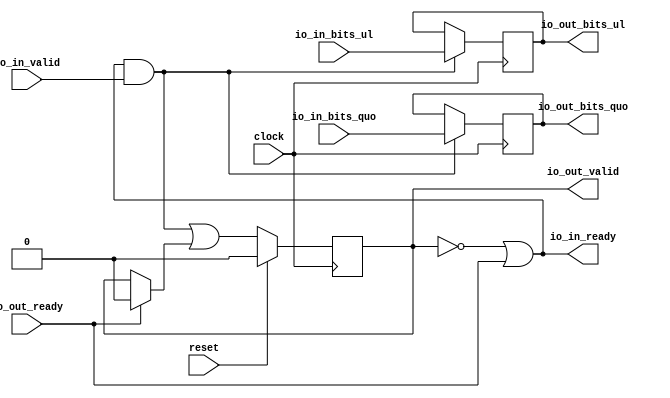
/*
 * From our research paper "High-Performance Hardware Implementation of CRYSTALS-Dilithium"
 * by Luke Beckwith, Duc Tri Nguyen, Kris Gaj
 * at George Mason University, USA
 * https://eprint.iacr.org/2021/1451.pdf
 * =============================================================================
 * Copyright (c) 2021 by Cryptographic Engineering Research Group (CERG)
 * ECE Department, George Mason University
 * Fairfax, VA, U.S.A.
 * Licensed under the Apache License, Version 2.0 (the "License");
 * you may not use this file except in compliance with the License.
 * You may obtain a copy of the License at
 *     http://www.apache.org/licenses/LICENSE-2.0
 * Unless required by applicable law or agreed to in writing, software
 * distributed under the License is distributed on an "AS IS" BASIS,
 * WITHOUT WARRANTIES OR CONDITIONS OF ANY KIND, either express or implied.
 * See the License for the specific language governing permissions and
 * limitations under the License.
 * =============================================================================
 * @author   Luke Beckwith <lbeckwit@gmu.edu>
 */


module DecoupledStage(
  input         clock,
  input         reset,
  output        io_in_ready,
  input         io_in_valid,
  input  [23:0] io_in_bits_ul,
  input  [23:0] io_in_bits_quo,
  input         io_out_ready,
  output        io_out_valid,
  output [23:0] io_out_bits_ul,
  output [23:0] io_out_bits_quo
);
  reg  valid;  
  reg [23:0] reg_ul;  
  reg [23:0] reg_quo;  
  wire  _T = io_in_ready & io_in_valid;  
  wire  _GEN_0 = io_out_ready ? 1'h0 : valid;  
  wire  _GEN_3 = _T | _GEN_0;  
  assign io_in_ready = ~valid | io_out_ready;  
  assign io_out_valid = valid;  
  assign io_out_bits_ul = reg_ul;  
  assign io_out_bits_quo = reg_quo;  
  always @(posedge clock) begin
    if (reset) begin  
      valid <= 1'h0;  
    end else begin
      valid <= _GEN_3;
    end
    if (_T) begin  
      reg_ul <= io_in_bits_ul;  
    end
    if (_T) begin  
      reg_quo <= io_in_bits_quo;  
    end
  end
initial begin
end  
endmodule
module DecoupledStage_1(
  input         clock,
  input         reset,
  output        io_in_ready,
  input         io_in_valid,
  input  [23:0] io_in_bits_ul,
  input  [23:0] io_in_bits_quo,
  input  [23:0] io_in_bits_quo_times_Q,
  input         io_out_ready,
  output        io_out_valid,
  output [23:0] io_out_bits_ul,
  output [23:0] io_out_bits_quo,
  output [23:0] io_out_bits_quo_times_Q
);
  reg  valid;  
  reg [23:0] reg_ul;  
  reg [23:0] reg_quo;  
  reg [23:0] reg_quo_times_Q;  
  wire  _T = io_in_ready & io_in_valid;  
  wire  _GEN_0 = io_out_ready ? 1'h0 : valid;  
  wire  _GEN_4 = _T | _GEN_0;  
  assign io_in_ready = ~valid | io_out_ready;  
  assign io_out_valid = valid;  
  assign io_out_bits_ul = reg_ul;  
  assign io_out_bits_quo = reg_quo;  
  assign io_out_bits_quo_times_Q = reg_quo_times_Q;  
  always @(posedge clock) begin
    if (reset) begin  
      valid <= 1'h0;  
    end else begin
      valid <= _GEN_4;
    end
    if (_T) begin  
      reg_ul <= io_in_bits_ul;  
    end
    if (_T) begin  
      reg_quo <= io_in_bits_quo;  
    end
    if (_T) begin  
      reg_quo_times_Q <= io_in_bits_quo_times_Q;  
    end
  end
initial begin
end  
endmodule
module DecoupledStage_2(
  input         clock,
  input         reset,
  output        io_in_ready,
  input         io_in_valid,
  input  [22:0] io_in_bits_remainder,
  input  [23:0] io_in_bits_quotient,
  input         io_out_ready,
  output        io_out_valid,
  output [22:0] io_out_bits_remainder,
  output [23:0] io_out_bits_quotient
);
  reg  valid;  
  reg [22:0] reg_remainder;  
  reg [23:0] reg_quotient;  
  wire  _T = io_in_ready & io_in_valid;  
  wire  _GEN_0 = io_out_ready ? 1'h0 : valid;  
  wire  _GEN_3 = _T | _GEN_0;  
  assign io_in_ready = ~valid | io_out_ready;  
  assign io_out_valid = valid;  
  assign io_out_bits_remainder = reg_remainder;  
  assign io_out_bits_quotient = reg_quotient;  
  always @(posedge clock) begin
    if (reset) begin  
      valid <= 1'h0;  
    end else begin
      valid <= _GEN_3;
    end
    if (_T) begin  
      reg_remainder <= io_in_bits_remainder;  
    end
    if (_T) begin  
      reg_quotient <= io_in_bits_quotient;  
    end
  end
initial begin
end  
endmodule
module Barrett(
  input         clock,
  input         reset,
  output        io_in_ready,
  input         io_in_valid,
  input  [45:0] io_in_bits,
  input         io_out_ready,
  output        io_out_valid,
  output [22:0] io_out_bits_remainder,
  output [23:0] io_out_bits_quotient
);
  wire  stg0_clock;  
  wire  stg0_reset;  
  wire  stg0_io_in_ready;  
  wire  stg0_io_in_valid;  
  wire [23:0] stg0_io_in_bits_ul;  
  wire [23:0] stg0_io_in_bits_quo;  
  wire  stg0_io_out_ready;  
  wire  stg0_io_out_valid;  
  wire [23:0] stg0_io_out_bits_ul;  
  wire [23:0] stg0_io_out_bits_quo;  
  wire  stg1_clock;  
  wire  stg1_reset;  
  wire  stg1_io_in_ready;  
  wire  stg1_io_in_valid;  
  wire [23:0] stg1_io_in_bits_ul;  
  wire [23:0] stg1_io_in_bits_quo;  
  wire [23:0] stg1_io_in_bits_quo_times_Q;  
  wire  stg1_io_out_ready;  
  wire  stg1_io_out_valid;  
  wire [23:0] stg1_io_out_bits_ul;  
  wire [23:0] stg1_io_out_bits_quo;  
  wire [23:0] stg1_io_out_bits_quo_times_Q;  
  wire  stg2_clock;  
  wire  stg2_reset;  
  wire  stg2_io_in_ready;  
  wire  stg2_io_in_valid;  
  wire [22:0] stg2_io_in_bits_remainder;  
  wire [23:0] stg2_io_in_bits_quotient;  
  wire  stg2_io_out_ready;  
  wire  stg2_io_out_valid;  
  wire [22:0] stg2_io_out_bits_remainder;  
  wire [23:0] stg2_io_out_bits_quotient;  
  wire [23:0] mult8396807Adder7ShiftedNode1Left0 = io_in_bits[45:22];  
  wire [26:0] _stg0_io_in_bits_quo_adderHiBits_T = {mult8396807Adder7ShiftedNode1Left0,3'h0};  
  wire [27:0] _stg0_io_in_bits_quo_adderHiBits_T_2 = {{1'd0}, _stg0_io_in_bits_quo_adderHiBits_T};  
  wire [27:0] _GEN_0 = {{4'd0}, mult8396807Adder7ShiftedNode1Left0};  
  wire [27:0] stg0_io_in_bits_quo_mult8396807Adder7HighBits = _stg0_io_in_bits_quo_adderHiBits_T_2 - _GEN_0;  
  wire [34:0] _stg0_io_in_bits_quo_adderHiBits_T_4 = {{11'd0}, mult8396807Adder7ShiftedNode1Left0};  
  wire [33:0] stg0_io_in_bits_quo_adderHiBits_mult8396807Adder8396807ShiftedNode1Left10 = {
    mult8396807Adder7ShiftedNode1Left0,10'h0};  
  wire [34:0] _GEN_1 = {{1'd0}, stg0_io_in_bits_quo_adderHiBits_mult8396807Adder8396807ShiftedNode1Left10};  
  wire [34:0] _stg0_io_in_bits_quo_adderHiBits_T_6 = _stg0_io_in_bits_quo_adderHiBits_T_4 + _GEN_1;  
  wire [23:0] stg0_io_in_bits_quo_adderHiBits_mult8396807Adder8396807ShiftedNode7Right13 = {{9'd0},
    stg0_io_in_bits_quo_mult8396807Adder7HighBits[27:13]};  
  wire [34:0] _GEN_2 = {{11'd0}, stg0_io_in_bits_quo_adderHiBits_mult8396807Adder8396807ShiftedNode7Right13};  
  wire [34:0] stg0_io_in_bits_quo_mult8396807Adder8396807HighBits = _stg0_io_in_bits_quo_adderHiBits_T_6 + _GEN_2;  
  wire [47:0] stg0_io_in_bits_quo_out_1 = {stg0_io_in_bits_quo_mult8396807Adder8396807HighBits,
    stg0_io_in_bits_quo_mult8396807Adder7HighBits[12:0]};  
  wire [33:0] _stg1_io_in_bits_quo_times_Q_adderHiBits_T = {stg0_io_out_bits_quo,10'h0};  
  wire [34:0] _stg1_io_in_bits_quo_times_Q_adderHiBits_T_2 = {{1'd0}, _stg1_io_in_bits_quo_times_Q_adderHiBits_T};  
  wire [34:0] _GEN_3 = {{11'd0}, stg0_io_out_bits_quo};  
  wire [34:0] _stg1_io_in_bits_quo_times_Q_adderHiBits_T_4 = _stg1_io_in_bits_quo_times_Q_adderHiBits_T_2 - _GEN_3;  
  wire [23:0] stg1_io_in_bits_quo_times_Q_adderHiBits_mult8380417Adder8380417ShiftedNode1Right13 = {{13'd0},
    stg0_io_out_bits_quo[23:13]};  
  wire [34:0] _GEN_4 = {{11'd0}, stg1_io_in_bits_quo_times_Q_adderHiBits_mult8380417Adder8380417ShiftedNode1Right13};  
  wire [34:0] stg1_io_in_bits_quo_times_Q_mult8380417Adder8380417HighBits = _stg1_io_in_bits_quo_times_Q_adderHiBits_T_4
     + _GEN_4;  
  wire [47:0] stg1_io_in_bits_quo_times_Q_out = {stg1_io_in_bits_quo_times_Q_mult8380417Adder8380417HighBits,
    stg0_io_out_bits_quo[12:0]};  
  wire [23:0] rem = stg1_io_out_bits_ul - stg1_io_out_bits_quo_times_Q;  
  wire [23:0] remMinusQ = rem - 24'h7fe001;  
  wire [23:0] _stg2_io_in_bits_remainder_T = rem - 24'h7fe001;  
  wire [23:0] _stg2_io_in_bits_remainder_T_3 = _stg2_io_in_bits_remainder_T[23] ? rem : remMinusQ;  
  wire [23:0] _stg2_io_in_bits_quotient_T_4 = stg1_io_out_bits_quo + 24'h1;  
  DecoupledStage stg0 (  
    .clock(stg0_clock),
    .reset(stg0_reset),
    .io_in_ready(stg0_io_in_ready),
    .io_in_valid(stg0_io_in_valid),
    .io_in_bits_ul(stg0_io_in_bits_ul),
    .io_in_bits_quo(stg0_io_in_bits_quo),
    .io_out_ready(stg0_io_out_ready),
    .io_out_valid(stg0_io_out_valid),
    .io_out_bits_ul(stg0_io_out_bits_ul),
    .io_out_bits_quo(stg0_io_out_bits_quo)
  );
  DecoupledStage_1 stg1 (  
    .clock(stg1_clock),
    .reset(stg1_reset),
    .io_in_ready(stg1_io_in_ready),
    .io_in_valid(stg1_io_in_valid),
    .io_in_bits_ul(stg1_io_in_bits_ul),
    .io_in_bits_quo(stg1_io_in_bits_quo),
    .io_in_bits_quo_times_Q(stg1_io_in_bits_quo_times_Q),
    .io_out_ready(stg1_io_out_ready),
    .io_out_valid(stg1_io_out_valid),
    .io_out_bits_ul(stg1_io_out_bits_ul),
    .io_out_bits_quo(stg1_io_out_bits_quo),
    .io_out_bits_quo_times_Q(stg1_io_out_bits_quo_times_Q)
  );
  DecoupledStage_2 stg2 (  
    .clock(stg2_clock),
    .reset(stg2_reset),
    .io_in_ready(stg2_io_in_ready),
    .io_in_valid(stg2_io_in_valid),
    .io_in_bits_remainder(stg2_io_in_bits_remainder),
    .io_in_bits_quotient(stg2_io_in_bits_quotient),
    .io_out_ready(stg2_io_out_ready),
    .io_out_valid(stg2_io_out_valid),
    .io_out_bits_remainder(stg2_io_out_bits_remainder),
    .io_out_bits_quotient(stg2_io_out_bits_quotient)
  );
  assign io_in_ready = stg0_io_in_ready;  
  assign io_out_valid = stg2_io_out_valid;  
  assign io_out_bits_remainder = stg2_io_out_bits_remainder;  
  assign io_out_bits_quotient = stg2_io_out_bits_quotient;  
  assign stg0_clock = clock;
  assign stg0_reset = reset;
  assign stg0_io_in_valid = io_in_valid;  
  assign stg0_io_in_bits_ul = io_in_bits[23:0];  
  assign stg0_io_in_bits_quo = stg0_io_in_bits_quo_out_1[47:24];  
  assign stg0_io_out_ready = stg1_io_in_ready;  
  assign stg1_clock = clock;
  assign stg1_reset = reset;
  assign stg1_io_in_valid = stg0_io_out_valid;  
  assign stg1_io_in_bits_ul = stg0_io_out_bits_ul;  
  assign stg1_io_in_bits_quo = stg0_io_out_bits_quo;  
  assign stg1_io_in_bits_quo_times_Q = stg1_io_in_bits_quo_times_Q_out[23:0];  
  assign stg1_io_out_ready = stg2_io_in_ready;  
  assign stg2_clock = clock;
  assign stg2_reset = reset;
  assign stg2_io_in_valid = stg1_io_out_valid;  
  assign stg2_io_in_bits_remainder = _stg2_io_in_bits_remainder_T_3[22:0];  
  assign stg2_io_in_bits_quotient = _stg2_io_in_bits_remainder_T[23] ? stg1_io_out_bits_quo :
    _stg2_io_in_bits_quotient_T_4;  
  assign stg2_io_out_ready = io_out_ready;  
endmodule